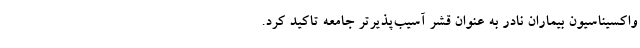
واکسیناسیون بیماران نادر به عنوان قشر آسیب‌پذیرتر جامعه تاکید کرد.